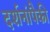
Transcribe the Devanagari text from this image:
दर्शनांपैकी